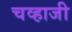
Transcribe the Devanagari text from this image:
चव्हाजी